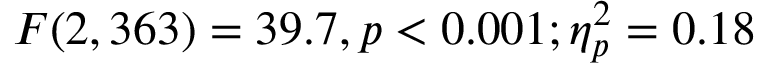
F ( 2 , 3 6 3 ) = 3 9 . 7 , p < 0 . 0 0 1 ; \eta _ { p } ^ { 2 } = 0 . 1 8